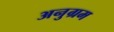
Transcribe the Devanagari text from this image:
अनुग्रम